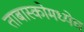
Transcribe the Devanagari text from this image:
ताबास्कोमध्येच